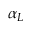
\alpha _ { L }